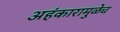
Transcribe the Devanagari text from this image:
अहंकारामुळेच